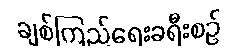
ချစ်ကြည်ရေးခရီးစဉ်